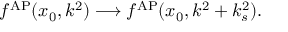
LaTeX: f ^ { \mathrm { A P } } ( x _ { 0 } , k ^ { 2 } ) \longrightarrow f ^ { \mathrm { A P } } ( x _ { 0 } , k ^ { 2 } + k _ { s } ^ { 2 } ) .